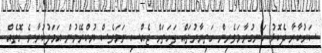
ސަރުކާރާ ދެކޮޅު ހަނގުރާމަވެރިން ހަތިޔާރުތައް ފަހަތަށް ޖެއްސި ނަމަވެސް ޔުކްރޭނުން އަމަލުކުރާނެ ގޮތެއް